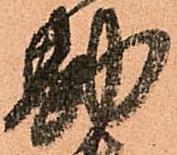
勘